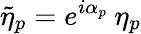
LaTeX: \tilde{\eta}_{p}=e^{i\alpha_{p}}\: \eta_{p}